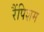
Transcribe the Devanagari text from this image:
रैंपिशम